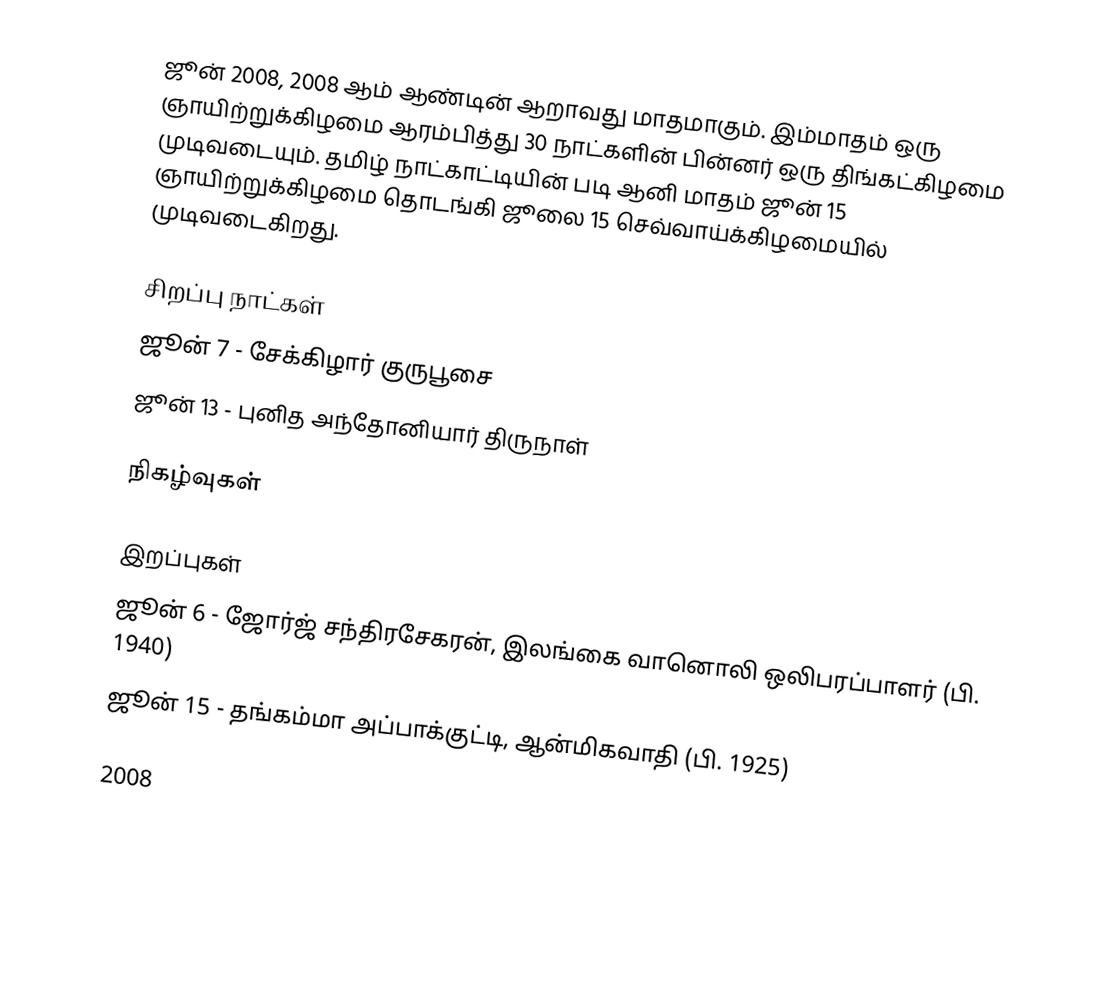
ஜூன் 2008, 2008 ஆம் ஆண்டின் ஆறாவது மாதமாகும். இம்மாதம் ஒரு ஞாயிற்றுக்கிழமை ஆரம்பித்து 30 நாட்களின் பின்னர் ஒரு திங்கட்கிழமை முடிவடையும். தமிழ் நாட்காட்டியின் படி ஆனி மாதம் ஜூன் 15 ஞாயிற்றுக்கிழமை தொடங்கி ஜூலை 15 செவ்வாய்க்கிழமையில் முடிவடைகிறது.

சிறப்பு நாட்கள்
 ஜூன் 7 - சேக்கிழார் குருபூசை
 ஜூன் 13 - புனித அந்தோனியார் திருநாள்

நிகழ்வுகள்

இறப்புகள்
 ஜூன் 6 - ஜோர்ஜ் சந்திரசேகரன், இலங்கை வானொலி ஒலிபரப்பாளர் (பி. 1940)
 ஜூன் 15 - தங்கம்மா அப்பாக்குட்டி, ஆன்மிகவாதி (பி. 1925)

2008